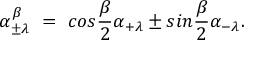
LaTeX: \alpha _ { \pm \lambda } ^ { \beta } ~ = ~ c o s { \frac { \beta } { 2 } } \alpha _ { + \lambda } \pm s i n { \frac { \beta } { 2 } } \alpha _ { - \lambda } .